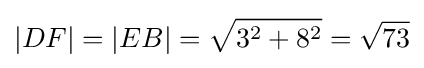
|DF|=|EB|={\sqrt {3^{2}+8^{2}}}={\sqrt {73}}